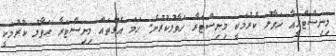
މިނިސްޓްރީއާ ހަވާލު ކުރުމަކީ މިިނިސްޓަރާ ހަވާލުކުރުން. ހަމަ އެގޮތައް މިނިސްޓަރާ ހަވާލު ކުރުމަކީ